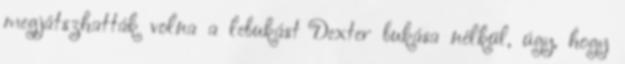
megjátszhatták volna a lebukást Dexter bukása nélkül, úgy, hogy